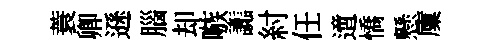
蓑卿遜腦却嗾讟紂任𨗁憍懸廩